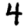
Digit: 4